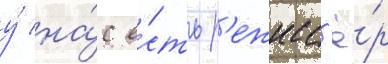
у́ на́с е́сть р'ежисс'ё́р